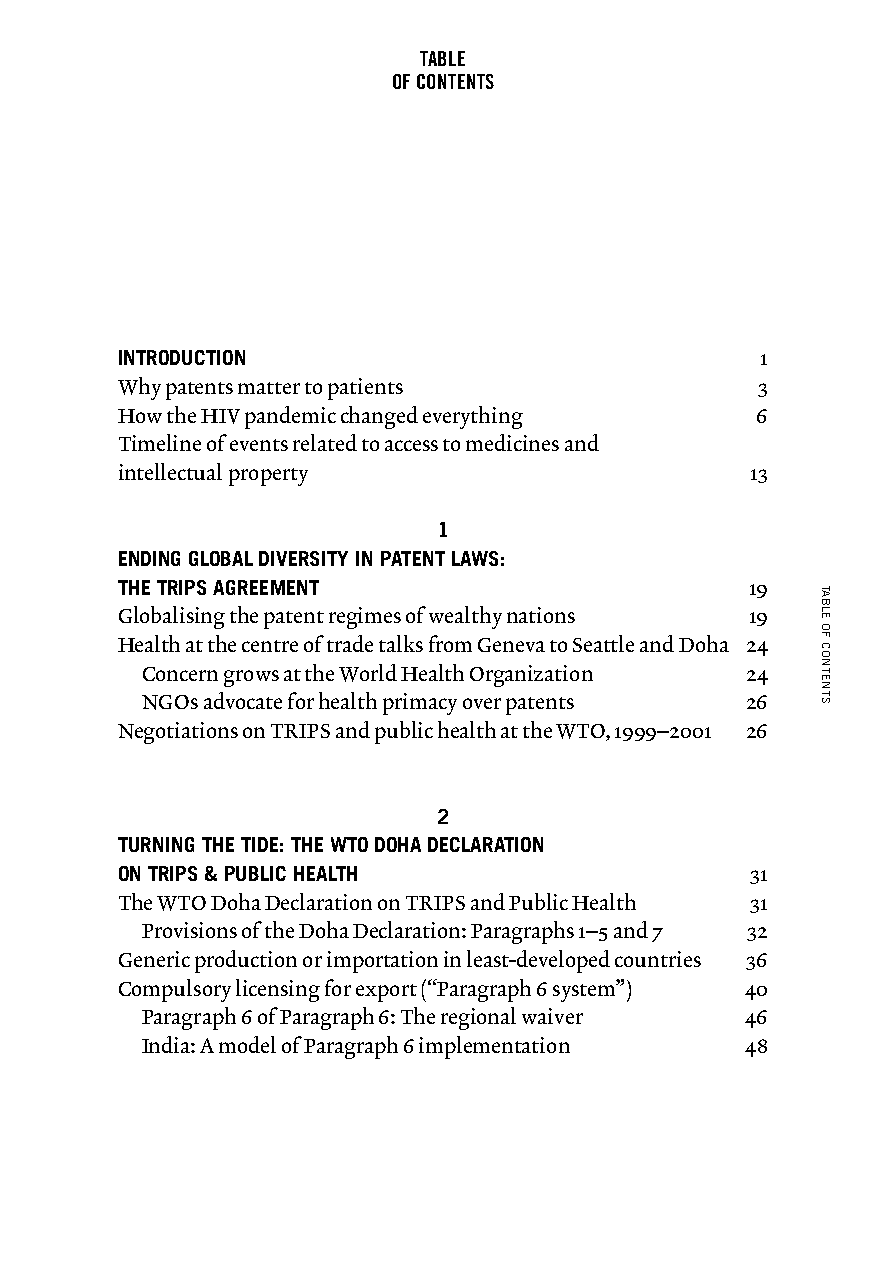
TABLE
 OF CONTENTS
 INTRODUCTION 1
 Why patents matter to patients            3
 How the HIV pandemic changed everything   6
 Timeline of events related to access to medicines and
 intellectual property                     13
 1
 ENDING GLOBAL DIVERSITY IN PATENT LAWS:
 THE TRIPS AGREEMENT                       19
 Globalising the patent regimes of wealthy nations 19
 Health at the centre of trade talks from Geneva to Seattle and Doha 24
 Concern grows at the World Health Organization 24
 NGOs advocate for health primacy over patents 26
 Negotiations on TRIPS and public health at the WTO, 1999–2001 26
 2
 TURNING THE TIDE: THE WTO DOHA DECLARATION
 ON TRIPS & PUBLIC HEALTH                  31
 The WTO Doha Declaration on TRIPS and Public Health 31
 Provisions of the Doha Declaration: Paragraphs 1–5 and 7 32
 Generic production or importation in least-developed countries 36
 Compulsory licensing for export (“Paragraph 6 system”) 40
 Paragraph 6 of Paragraph 6: The regional waiver 46
 India: A model of Paragraph 6 implementation 48
 TABLE
 OF
 CONTENTS